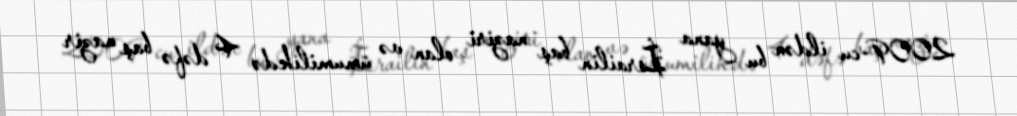
2009-cu ildən bu yana İsrailin baş naziri olan və ümumilikdə 4 dəfə baş nazir